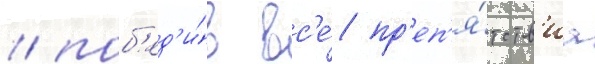
/ поб'ед'и́в вс'е́ пр'еп'я́тств'иа